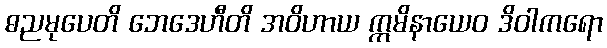
ဓညမုပေတိ ဘေဒေဟီတိ အဝိဟာယ ဣမိနာယေဝ ဒိဝါကရော